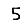
Digit: 5